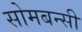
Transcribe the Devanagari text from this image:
सोमबन्सी